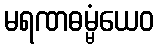
မရဏဓမ္မံယေဝ